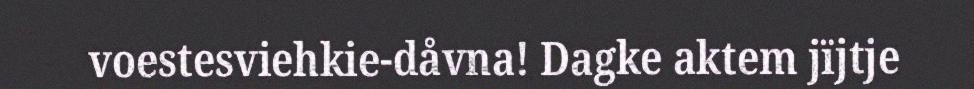
voestesviehkie-dåvna! Dagke aktem jïjtje